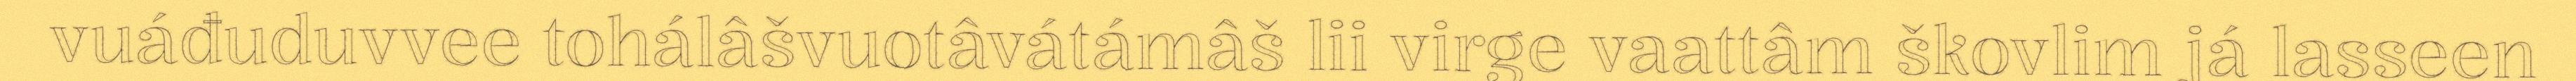
vuáđuduvvee tohálâšvuotâvátámâš lii virge vaattâm škovlim já lasseen